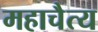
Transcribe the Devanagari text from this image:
महाचैत्य